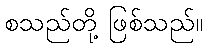
စသည်တို့ ဖြစ်သည်။